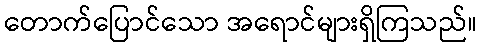
တောက်ပြောင်သော အရောင်များရှိကြသည်။